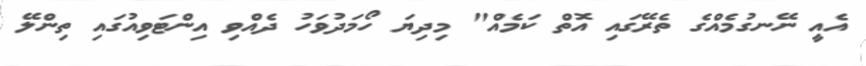
އެއީ ނޭނގުމެއްގެ ތެރޭގައި އޮތް ކަމެއް" މިދިޔަ ހޯމަދުވަހު ދެއްވި އިންޓަވިއުގައި ތިންލޭ